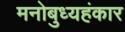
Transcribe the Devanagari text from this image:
मनोबुध्यहंकार